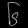
Digit: ၆